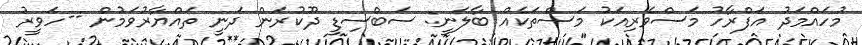
މުހައްމަދު އަފްރާހު މަސްވެރިއަކު މަސްތަކެއް ބާލަނީ: ސަބްސިޑީ ދޫކުރަން ދަނީ ތައްޔާރުވަމުން --ހަވީރު